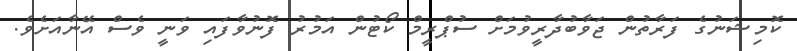
ކޮމިޝަނުގެ ފަރާތުން ޖަވާބުދާރީވުމަށް ސުޕްރީމް ކޯޓުން އަމުރު ފޮނުވާފައި ވަނީ ވެސް އޭނާއަށެވެ.